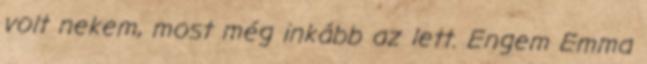
volt nekem, most még inkább az lett. Engem Emma